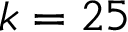
k = 2 5